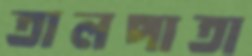
তালপাতা